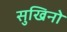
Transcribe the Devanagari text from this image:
सुखिनो